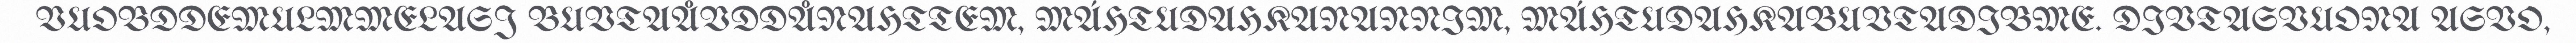
VUOBDDEMULMMELASJ BUVTAÅVDDÅNAHTTEM, MÁHTUDAHKANANNIM, MÁHTUDAHKABUVTADIBME. DIVTASVUONA ASVO,